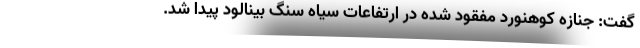
گفت: جنازه کوهنورد مفقود شده در ارتفاعات سیاه سنگ بینالود پیدا شد.